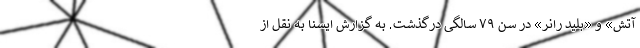
آتش» و «بلید رانر» در سن ۷۹ سالگی درگذشت. به گزارش ایسنا به نقل از